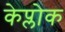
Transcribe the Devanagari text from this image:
केप्लोक